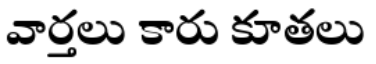
వార్తలు కారు కూతలు